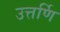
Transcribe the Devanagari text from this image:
उत्तर्णि